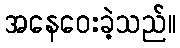
အနေဝေးခဲ့သည်။